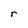
Character: r